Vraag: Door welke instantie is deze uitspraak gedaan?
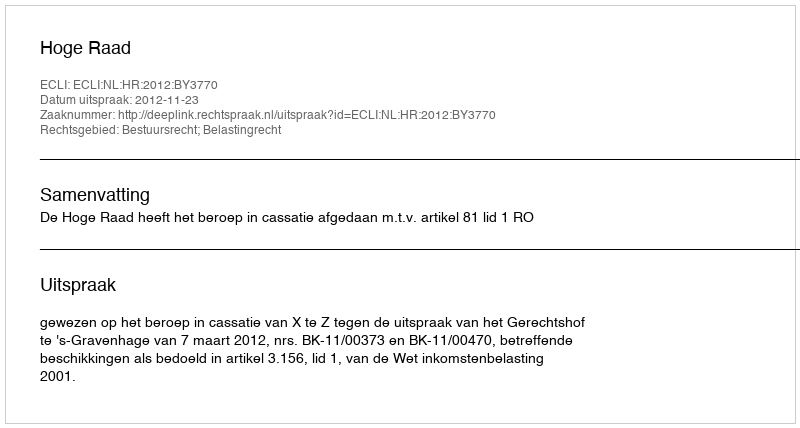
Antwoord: Hoge Raad